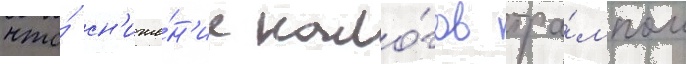
что́ сн'иже́н'ие нало́гов тра́мпом